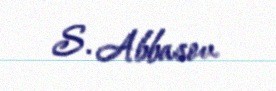
S. Abbasov